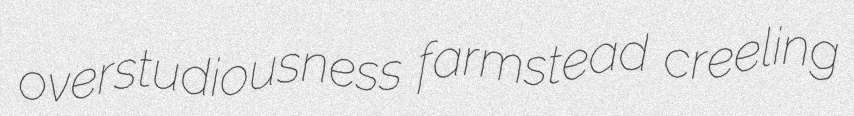
overstudiousness farmstead creeling